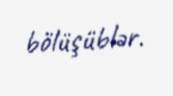
bölüşüblər.